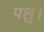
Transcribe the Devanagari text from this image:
पश्च।